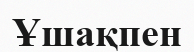
Ұшақпен